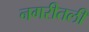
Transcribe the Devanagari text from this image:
नगरीतली